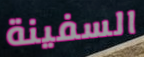
السفينة